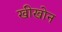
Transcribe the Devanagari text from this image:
खीखोन